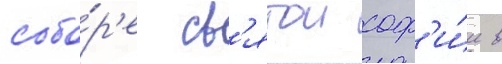
собо́р'е св'ятои соф'и́и в